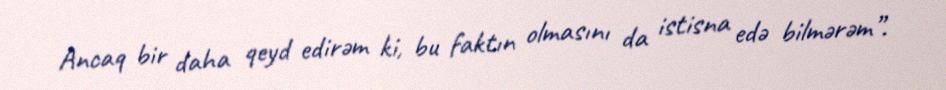
Ancaq bir daha qeyd edirəm ki, bu faktın olmasını da istisna edə bilmərəm”.